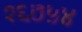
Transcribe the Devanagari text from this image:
१६७५४